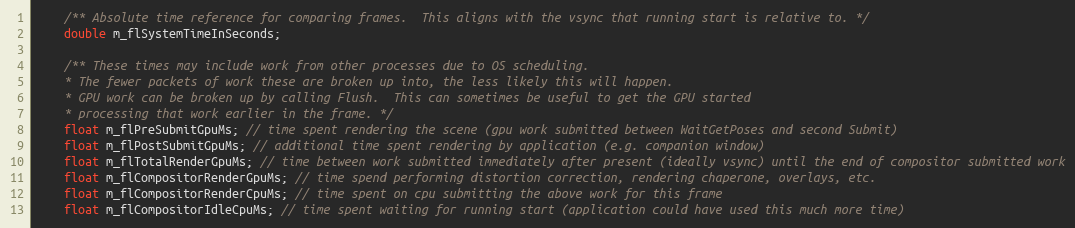
Language: C
	/** Absolute time reference for comparing frames.  This aligns with the vsync that running start is relative to. */
	double m_flSystemTimeInSeconds;

	/** These times may include work from other processes due to OS scheduling.
	* The fewer packets of work these are broken up into, the less likely this will happen.
	* GPU work can be broken up by calling Flush.  This can sometimes be useful to get the GPU started
	* processing that work earlier in the frame. */
	float m_flPreSubmitGpuMs; // time spent rendering the scene (gpu work submitted between WaitGetPoses and second Submit)
	float m_flPostSubmitGpuMs; // additional time spent rendering by application (e.g. companion window)
	float m_flTotalRenderGpuMs; // time between work submitted immediately after present (ideally vsync) until the end of compositor submitted work
	float m_flCompositorRenderGpuMs; // time spend performing distortion correction, rendering chaperone, overlays, etc.
	float m_flCompositorRenderCpuMs; // time spent on cpu submitting the above work for this frame
	float m_flCompositorIdleCpuMs; // time spent waiting for running start (application could have used this much more time)